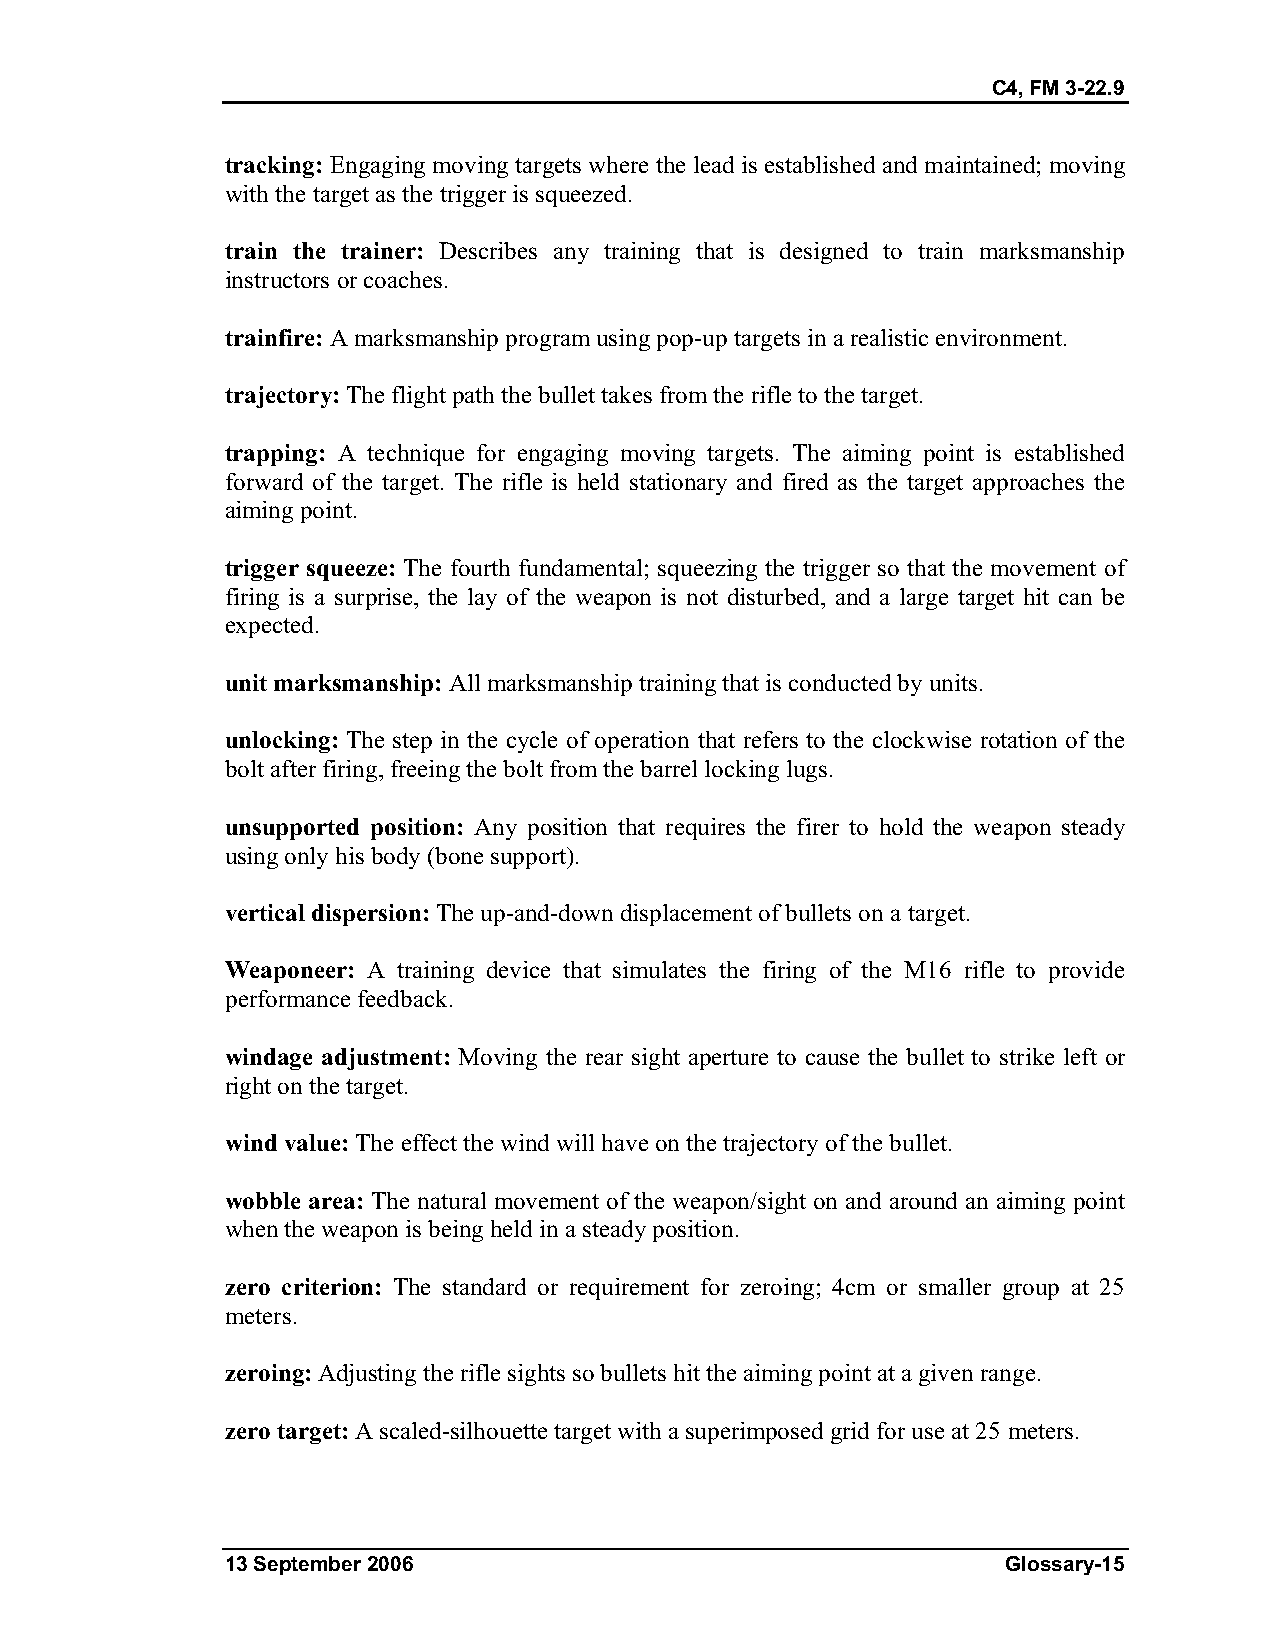
C4, FM 3-22.9
 tracking: Engaging moving targets where the lead is established and maintained; moving
 with the target as the trigger is squeezed.
 train the trainer: Describes any training that is designed to train marksmanship
 instructors or coaches.
 trainfire: A marksmanship program using pop-up targets in a realistic environment.
 trajectory: The flight path the bullet takes from the rifle to the target.
 trapping: A technique for engaging moving targets. The aiming point is established
 forward of the target. The rifle is held stationary and fired as the target approaches the
 aiming point.
 trigger squeeze: The fourth fundamental; squeezing the trigger so that the movement of
 firing is a surprise, the lay of the weapon is not disturbed, and a large target hit can be
 expected.
 unit marksmanship: All marksmanship training that is conducted by units.
 unlocking: The step in the cycle of operation that refers to the clockwise rotation of the
 bolt after firing, freeing the bolt from the barrel locking lugs.
 unsupported position: Any position that requires the firer to hold the weapon steady
 using only his body (bone support).
 vertical dispersion: The up-and-down displacement of bullets on a target.
 Weaponeer: A training device that simulates the firing of the M16 rifle to provide
 performance feedback.
 windage adjustment: Moving the rear sight aperture to cause the bullet to strike left or
 right on the target.
 wind value: The effect the wind will have on the trajectory of the bullet.
 wobble area: The natural movement of the weapon/sight on and around an aiming point
 when the weapon is being held in a steady position.
 zero criterion: The standard or requirement for zeroing; 4cm or smaller group at 25
 meters.
 zeroing: Adjusting the rifle sights so bullets hit the aiming point at a given range.
 zero target: A scaled-silhouette target with a superimposed grid for use at 25 meters.
 13 September 2006                                   Glossary-15